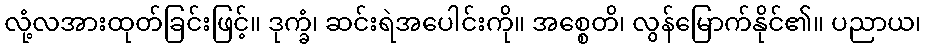
လုံ့လအားထုတ်ခြင်းဖြင့်။ ဒုက္ခံ၊ ဆင်းရဲအပေါင်းကို။ အစ္စေတိ၊ လွန်မြောက်နိုင်၏။ ပညာယ၊